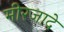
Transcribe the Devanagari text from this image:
मीरजादे